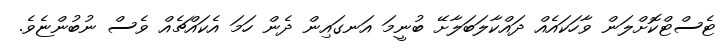
ޓެސްޓްކޮށްލަން ވާހަކައެއް ދައްކާލަބަލާށޭ ބުނީމަ އަނގައިން ދެން ހަމަ އެކައްޗެއް ވެސް ނުބުންޏެވެ.